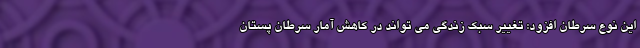
این نوع سرطان افزود: تغییر سبک زندگی می تواند در کاهش آمار سرطان پستان